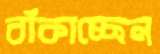
বাঁকাচ্ছেন